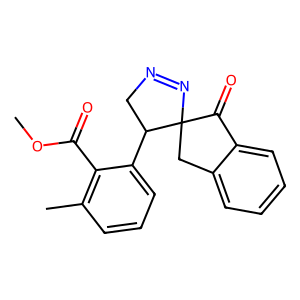
SMILES: COC(=O)c1c(C)cccc1C1CN=NC12Cc1ccccc1C2=O
Inhibits HIV replication: Yes